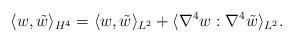
LaTeX: \begin{align*}\langle w, \tilde w\rangle_{H^4}=\langle w, \tilde w\rangle_{L^2} + \langle\nabla^4 w : \nabla^4 \tilde w\rangle_{L^2}.\end{align*}